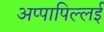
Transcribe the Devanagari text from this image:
अप्पापिल्लई